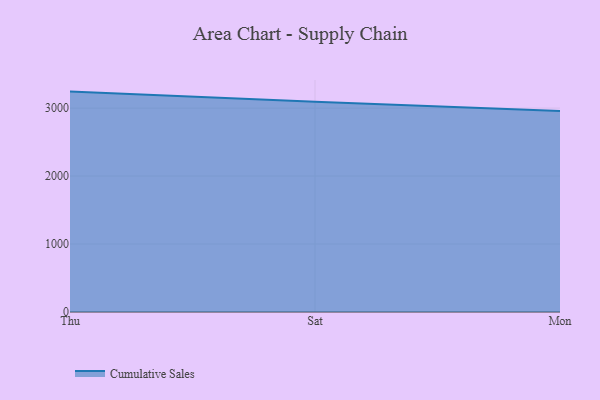
{"axis": {"x": "Day", "y": "Bounce Rate (%)"}, "legend": ["Cumulative Sales"], "data": [{"x": "Thu", "y": 3242.7, "type": "Cumulative Sales"}, {"x": "Sat", "y": 3094.0, "type": "Cumulative Sales"}, {"x": "Mon", "y": 2957.9, "type": "Cumulative Sales"}]}